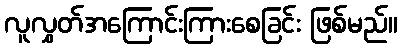
လူလွှတ်အကြောင်းကြားစေခြင်း ဖြစ်မည်။